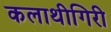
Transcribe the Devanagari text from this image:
कलाथीगिरी